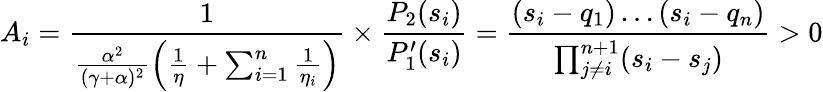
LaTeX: A_{i}=\frac{1}{\frac{\alpha^{2}}{(\gamma+\alpha)^{2}}\left(\frac{1}{\eta}+\sum_{i=1}^{n}\frac{1}{\eta_{i}}\right)}\times\frac{P_{2}(s_{i})}{P_{1}^{\prime}(s_{i})}=\frac{(s_{i}-q_{1})\ldots(s_{i}-q_{n})}{\prod_{j\ne i}^{n+1}(s_{i}-s_{j})}>0